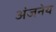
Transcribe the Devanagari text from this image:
अंजनेय